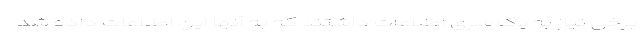
برخی نیاز به یک سری اطلاعات داشتند که به آنها این اطلاعات داده شد